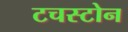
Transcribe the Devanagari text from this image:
टचस्‍टोन